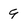
Character: 9